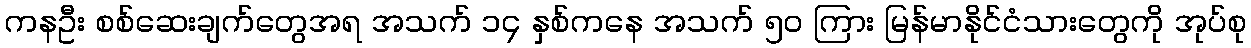
ကနဦး စစ်ဆေးချက်တွေအရ အသက် ၁၄ နှစ်ကနေ အသက် ၅၀ ကြား မြန်မာနိုင်ငံသားတွေကို အုပ်စု